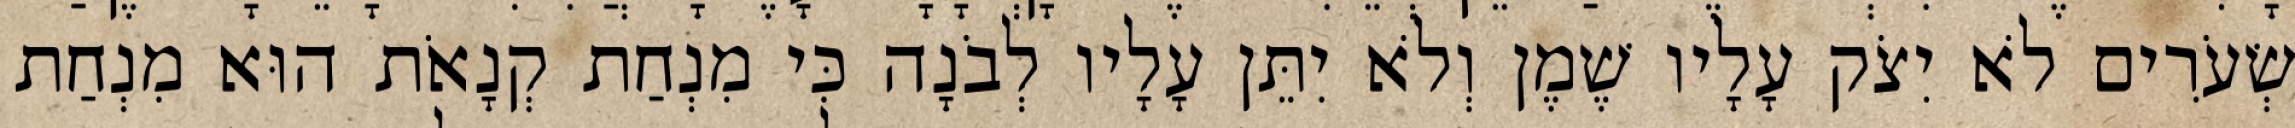
שְׂעֹרִים לֹא יִצֹק עָלָיו שֶׁמֶן וְלֹא יִתֵּן עָלָיו לְבֹנָה כִּי מִנְחַת קְנָאֹת הוּא מִנְחַת